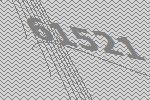
61521